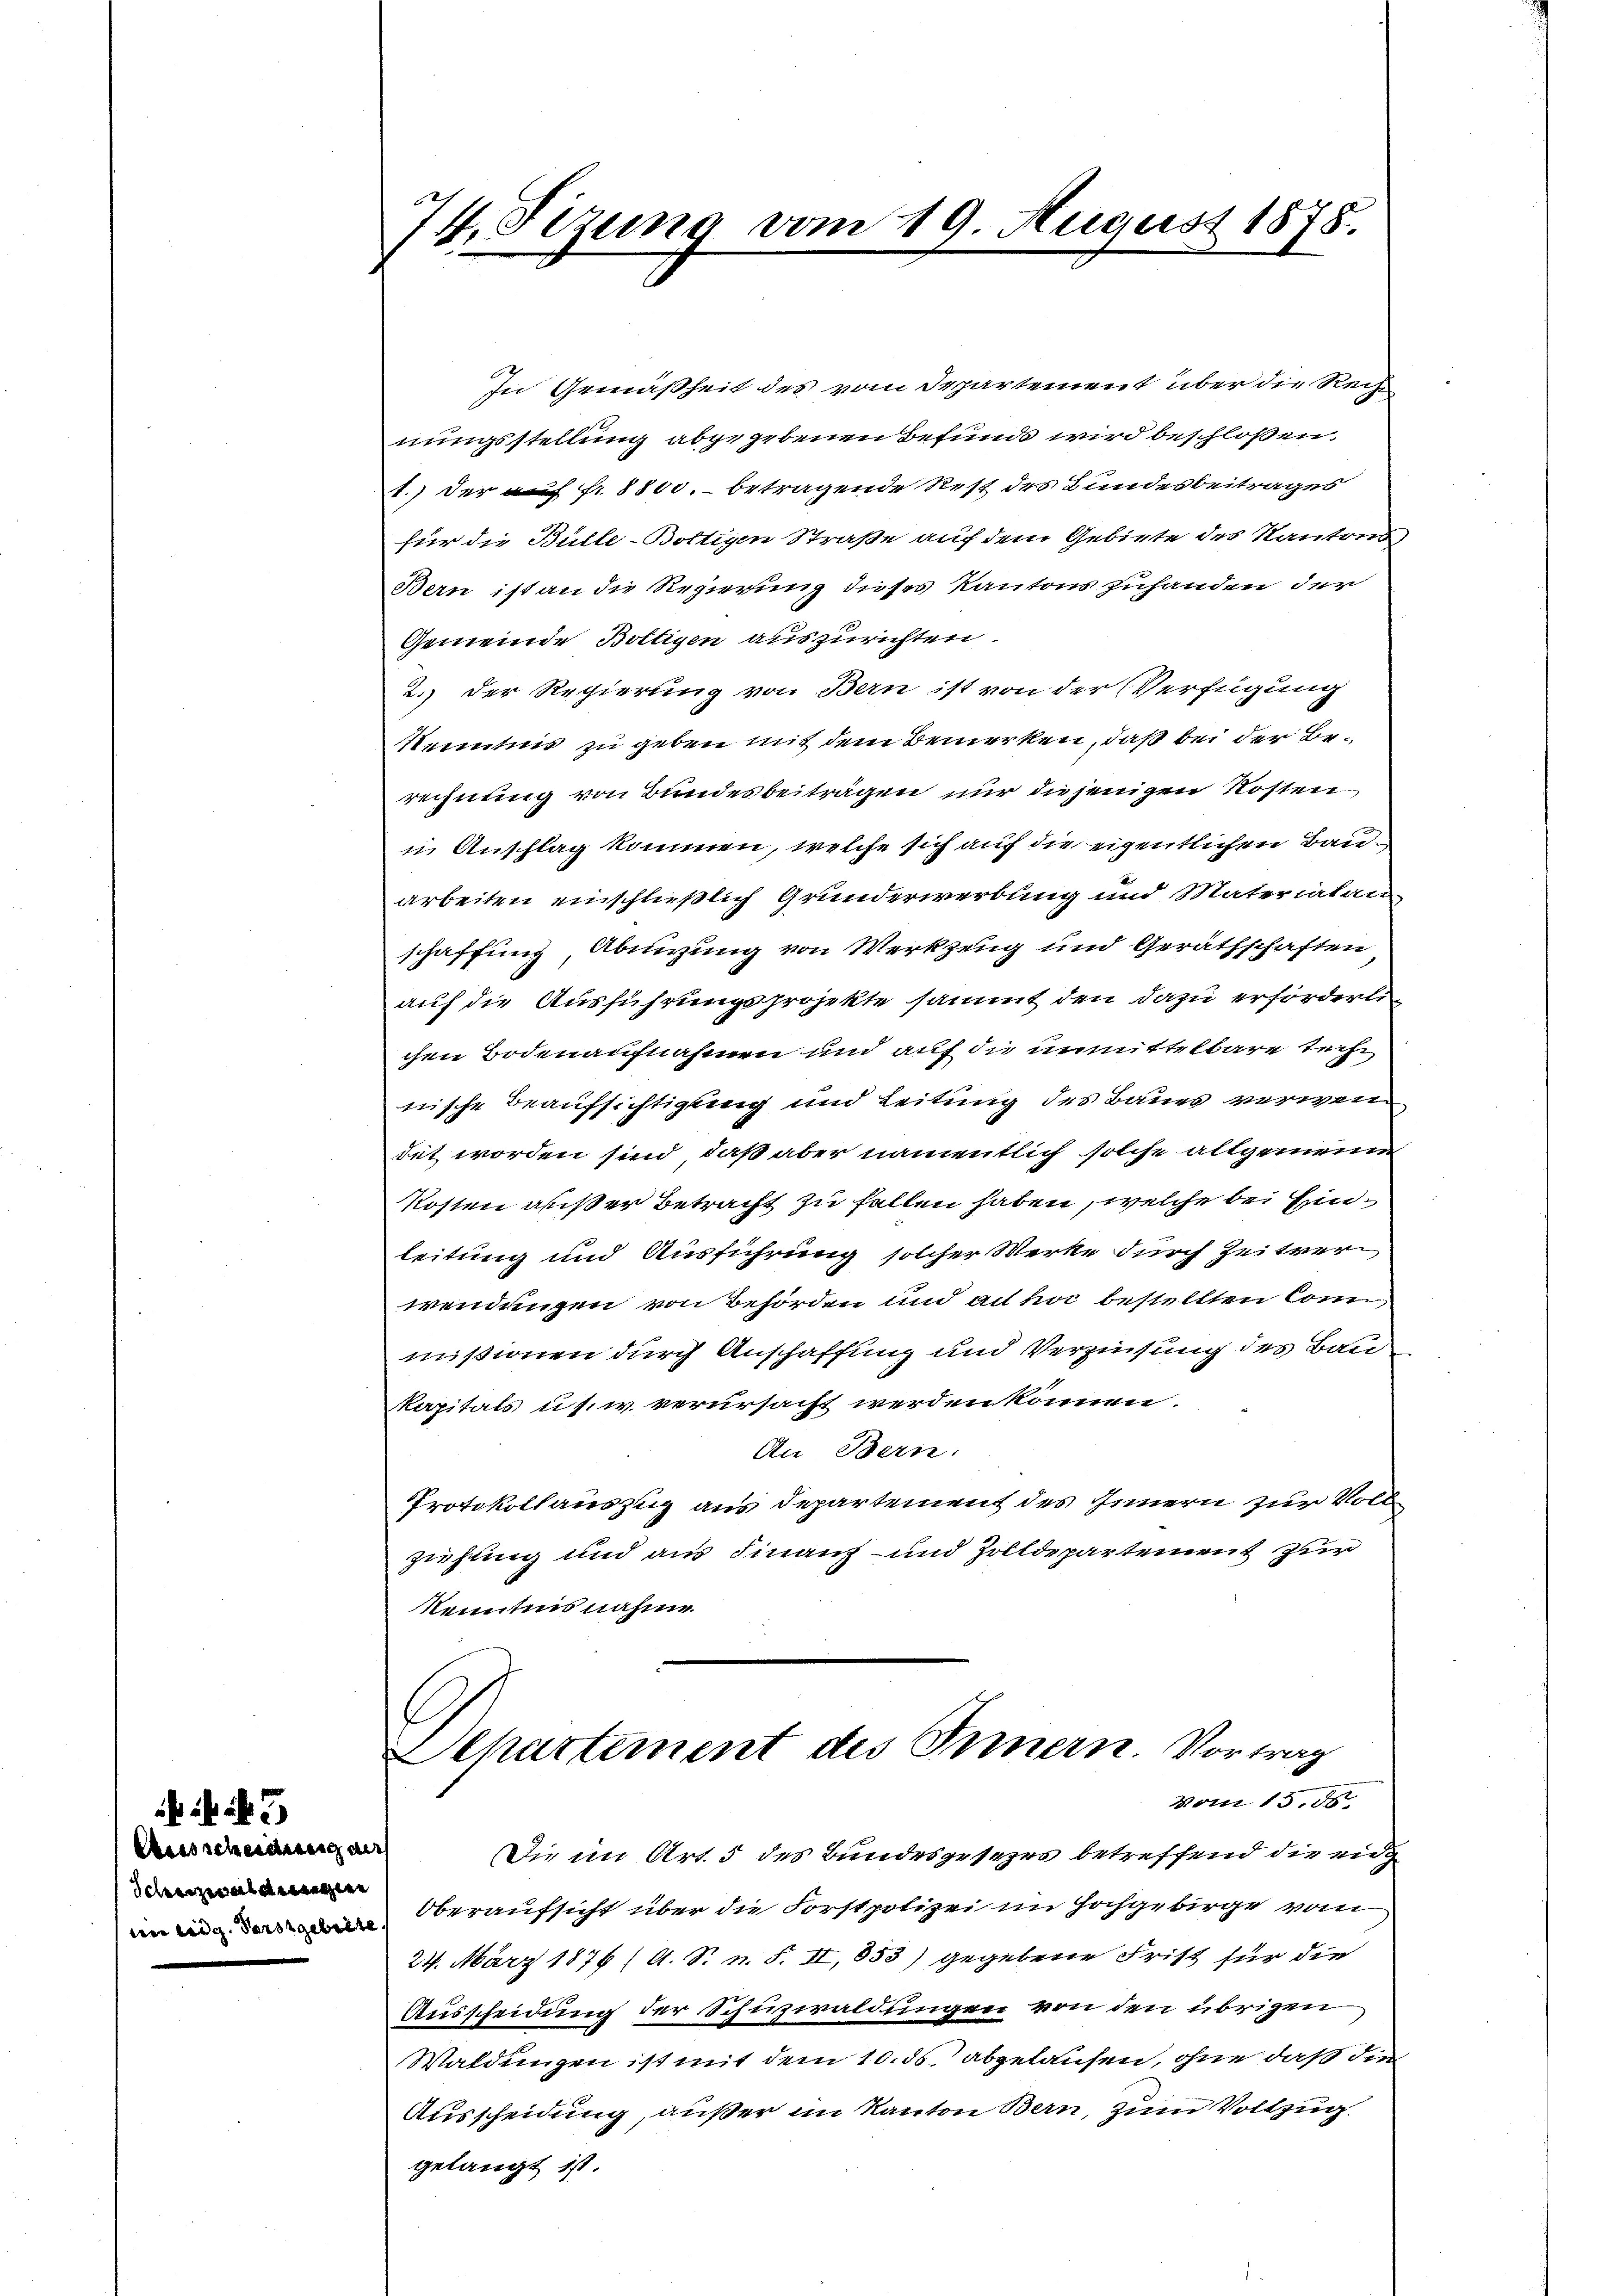
Ausscheidung an
schzwaldungen
ee eidg. Vorstgebiete

74. Fezung vom 19. August 1878.

In Gemäßheit des vom Departement über die Rech
nungsstellung abgegebenen Befund wird beschlossen.
1.) Der auf fr. 8800.- betragende Rest des Bundesbeitrages
für die Bülle-Bottigen Straße auf dem Gebiete des Kantons
Bern ist an die Regierung dieses Kantons zuhanden der
Gemeinde Boltigen auszurichten.
2.) Der Regierung von Bern ist von der Verfügung
Kenntnis zu geben mit dem Bemerken, daß bei der Berechnung von Bundesbeiträgen nur diejenigen Kosten
n Anschlag kommen, welche sich auf die eigentlichen Bauarbeiten einschließlich Grunderwerbung und Materialan
schaffung, Abnigung von Werkzeug und Geräthschaften
auf die Ausführungsprojekte sammt den dazu erforderli
chen Bodenaufnahmen und auf die unmittelbare Tech
nische Beaufsichtigung und Leitung des Baues verwen
det worden sind, daß aber namentlich solche allgemeiner
Kosten außer Betracht zu fallen haben, welche bei Einleitung und Ausführung solcher Werke durch Zeitver
wendungen von Behörden und ad hoc bestellten Connmißionen durch Anschaffung und Verzinsung des Bau
Kapitals u. s. w. verursacht werden können.
Au Bern.
Protokollauszug aus Departement des Innern zur Voll
ziehung und aus Finanz- und Zolldepartement zur
kenntnis nahme.
Aepartement des Innern. Vortrag
Mon 15. 55
e
Die im Art. 5 des Bundesgesezes betreffend die eid
Oberaufsicht über die Forstpolizei im Hochgebirge vom
24. März 1876 (A. S. n. F. II,853) gegebene Frist für die
Ausscheidung der Schuzwaldungen von den übrigen
Waldungen ist mit dem 10. ds. abgelaufen, ohne daß die
Ausscheidung, außer im Kanton Bern, zum Vollzug.
gelangt ist